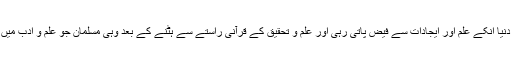
انہوں نے کہاکہ مسلمان جب تک تحقیق سے وابستہ رہے پوری دنیا انکے علم اور ایجادات سے فیض پاتی رہی اور علم و تحقیق کے قرآنی راستے سے ہٹنے کے بعد وہی مسلمان جو علم و ادب میں دنیا کے امام تھے غلام، کاسہ لیس اور پیروکار بن کر رہ گئے۔